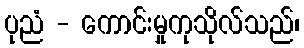
ပုညံ - ကောင်းမှုကုသိုလ်သည်၊